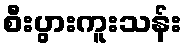
စီးပွားကူးသန်း